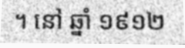
។ នៅ ឆ្នាំ ១៩១២